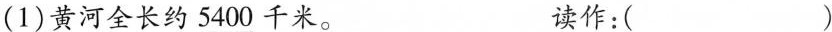
(1)黄河全长约\underline{5400}千米。 读作：( )